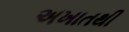
અખાતથી